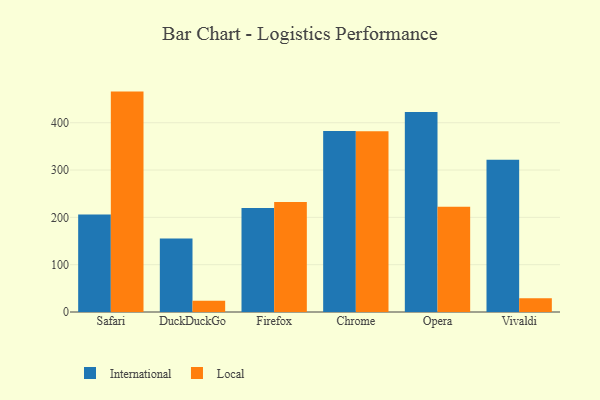
{"axis": {"x": "Browser", "y": "Gross Profit (USD K)"}, "legend": ["International", "Local"], "data": [{"x": "Safari", "y": 206.3, "type": "International"}, {"x": "Safari", "y": 465.8, "type": "Local"}, {"x": "DuckDuckGo", "y": 155.6, "type": "International"}, {"x": "DuckDuckGo", "y": 23.6, "type": "Local"}, {"x": "Firefox", "y": 219.9, "type": "International"}, {"x": "Firefox", "y": 232.4, "type": "Local"}, {"x": "Chrome", "y": 382.7, "type": "International"}, {"x": "Chrome", "y": 381.9, "type": "Local"}, {"x": "Opera", "y": 422.6, "type": "International"}, {"x": "Opera", "y": 222.5, "type": "Local"}, {"x": "Vivaldi", "y": 321.7, "type": "International"}, {"x": "Vivaldi", "y": 28.8, "type": "Local"}]}